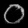
Digit: ၀